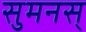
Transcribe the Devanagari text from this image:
सुमनस्‌